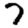
Digit: 7